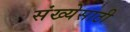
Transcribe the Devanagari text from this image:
संख्‍येसाठी